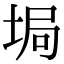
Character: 𡌟